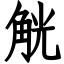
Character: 觥